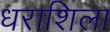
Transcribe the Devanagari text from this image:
धराशिला